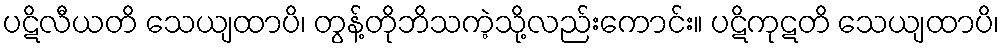
ပဋိလီယတိ သေယျထာပိ၊ တွန့်တိုဘိသကဲ့သို့လည်းကောင်း။ ပဋိကုဋတိ သေယျထာပိ၊